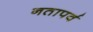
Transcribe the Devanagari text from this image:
नतापर्व